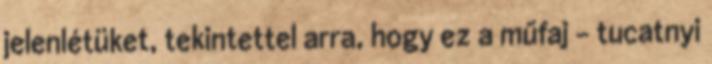
jelenlétüket, tekintettel arra, hogy ez a műfaj – tucatnyi